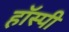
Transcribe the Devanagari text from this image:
हॉस्पी